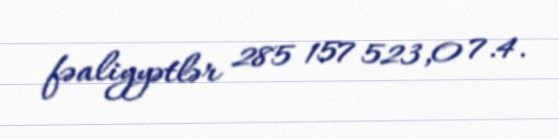
fəaliyyətlər 285 157 523,0 7.4.